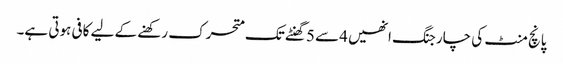
پانچ منٹ کی چارجنگ انھیں 4سے 5گھنٹے تک متحرک رکھنے کے لیے کافی ہوتی ہے۔